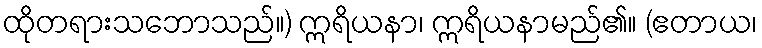
ထိုတရားသဘောသည်။) ဣရိယနာ၊ ဣရိယနာမည်၏။ (ဧတာယ၊